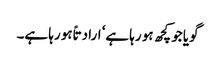
گویا جو کچھ ہو رہا ہے‘ ارادتاً ہو رہا ہے۔